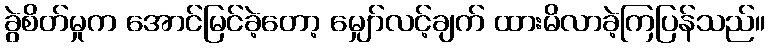
ခွဲစိတ်မှုက အောင်မြင်ခဲ့တော့ မျှော်လင့်ချက် ထားမိလာခဲ့ကြပြန်သည်။